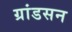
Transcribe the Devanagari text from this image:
ग्रांडसन